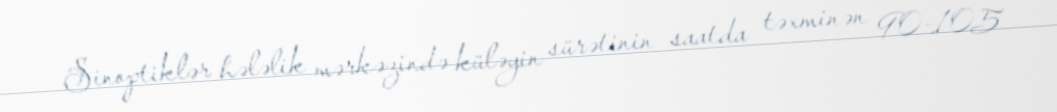
Sinoptiklər hələlik mərkəzində küləyin sürətinin saatda təxminən 90-105